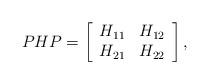
LaTeX: \begin{align*}PHP=\left[\begin{array}{rr}H_{11}&H_{12}\\H_{21}&H_{22}\end{array}\right],\end{align*}